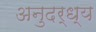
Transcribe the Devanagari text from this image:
अनुदर्ध्य